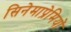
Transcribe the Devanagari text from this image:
सिनेमाप्रेमियों